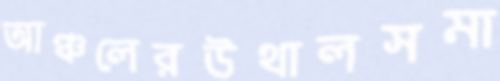
আঞ্চলেরউথালসমা